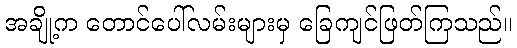
အချို့က တောင်ပေါ်လမ်းများမှ ခြေကျင်ဖြတ်ကြသည်။